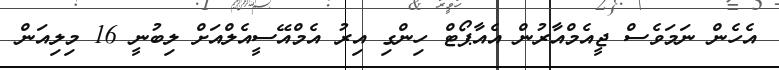
އެހެން ނަމަވެސް ޖީއެމްއާރުން އެއާޕޯޓް ހިންގި އިރު އެމްއޭސީއެލްއަށް ލިބުނީ 16 މިލިއަން